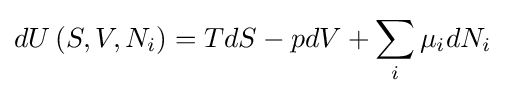
dU\left(S,V,{N_{i}}\right)=TdS-pdV+\sum _{i}\mu _{i}dN_{i}